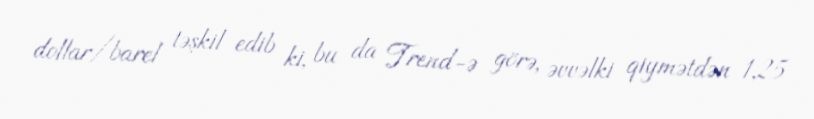
dollar/barel təşkil edib ki, bu da Trend-ə görə, əvvəlki qiymətdən 1,25